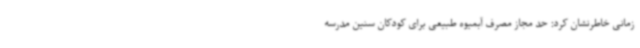
زمانی خاطرنشان کرد: حد مجاز مصرف آبمیوه طبیعی برای کودکان سنین مدرسه